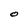
Character: O